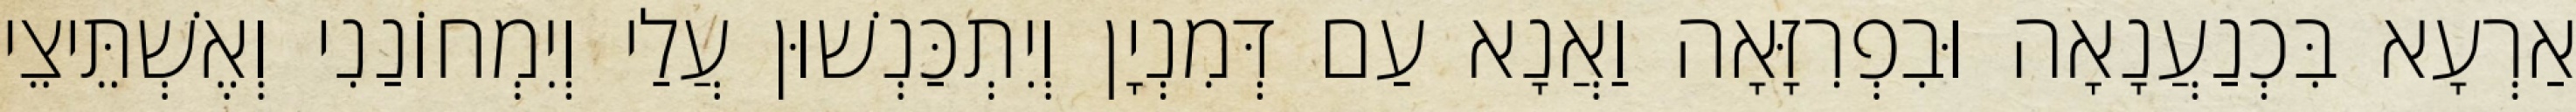
אַרְעָא בִּכְנַעֲנָאָה וּבִפְרִזָּאָה וַאֲנָא עַם דְּמִנְיָן וְיִתְכַּנְשׁוּן עֲלַי וְיִמְחוֹנַנִי וְאֶשְׁתֵּיצֵי